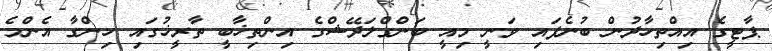
ޕާޓީގެ އިއްތިހާދުން ބުނެފައި ވަނީ މިއީ ބަންގްލަދޭޝްގެ އިންތިޚާބީ ތާރީޚުގައި ހިންގާ އެންމެ